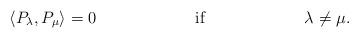
LaTeX: \begin{align*}&\langle P_\lambda,P_\mu\rangle =0 &\textrm{if}&&\lambda\neq \mu.\end{align*}